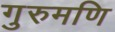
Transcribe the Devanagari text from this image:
गुरुमणि